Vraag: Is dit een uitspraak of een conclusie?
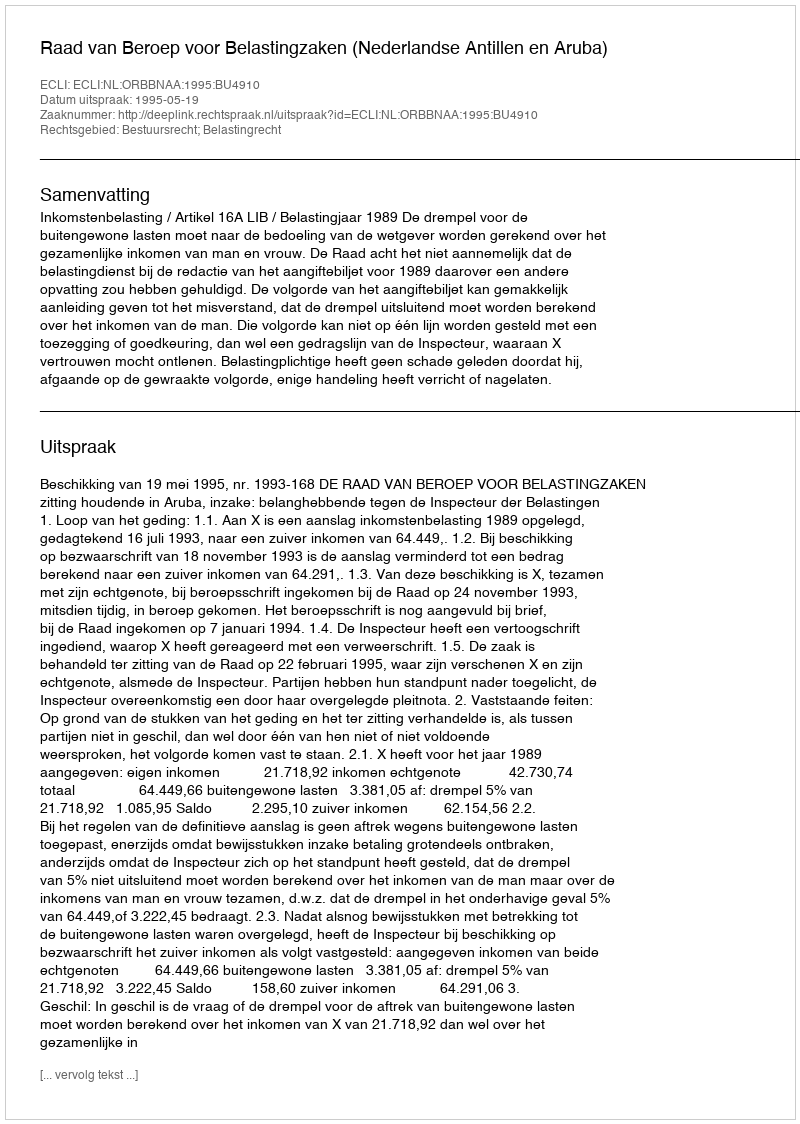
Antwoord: Uitspraak